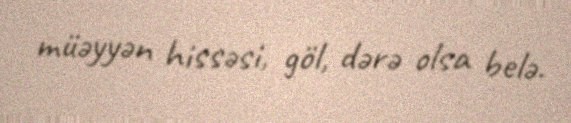
müəyyən hissəsi, göl, dərə olsa belə.